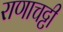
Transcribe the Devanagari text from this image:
राणाचट्टी